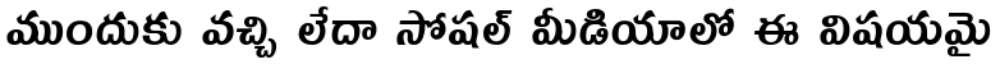
ముందుకు వచ్చి లేదా సోషల్ మీడియాలో ఈ విషయమై